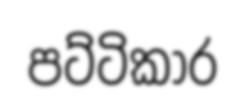
පට්ටිකාර